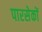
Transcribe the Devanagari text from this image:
पारसेकों